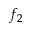
f _ { 2 }